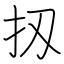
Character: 扨